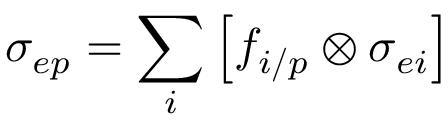
\sigma _ { e p } = \sum _ { i } \left[ f _ { i / p } \otimes \sigma _ { e i } \right]